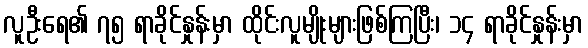
လူဦးရေ၏ ၇၅ ရာခိုင်နှုန်းမှာ ထိုင်းလူမျိုးများဖြစ်ကြပြီး၊ ၁၄ ရာခိုင်နှုန်းမှာ